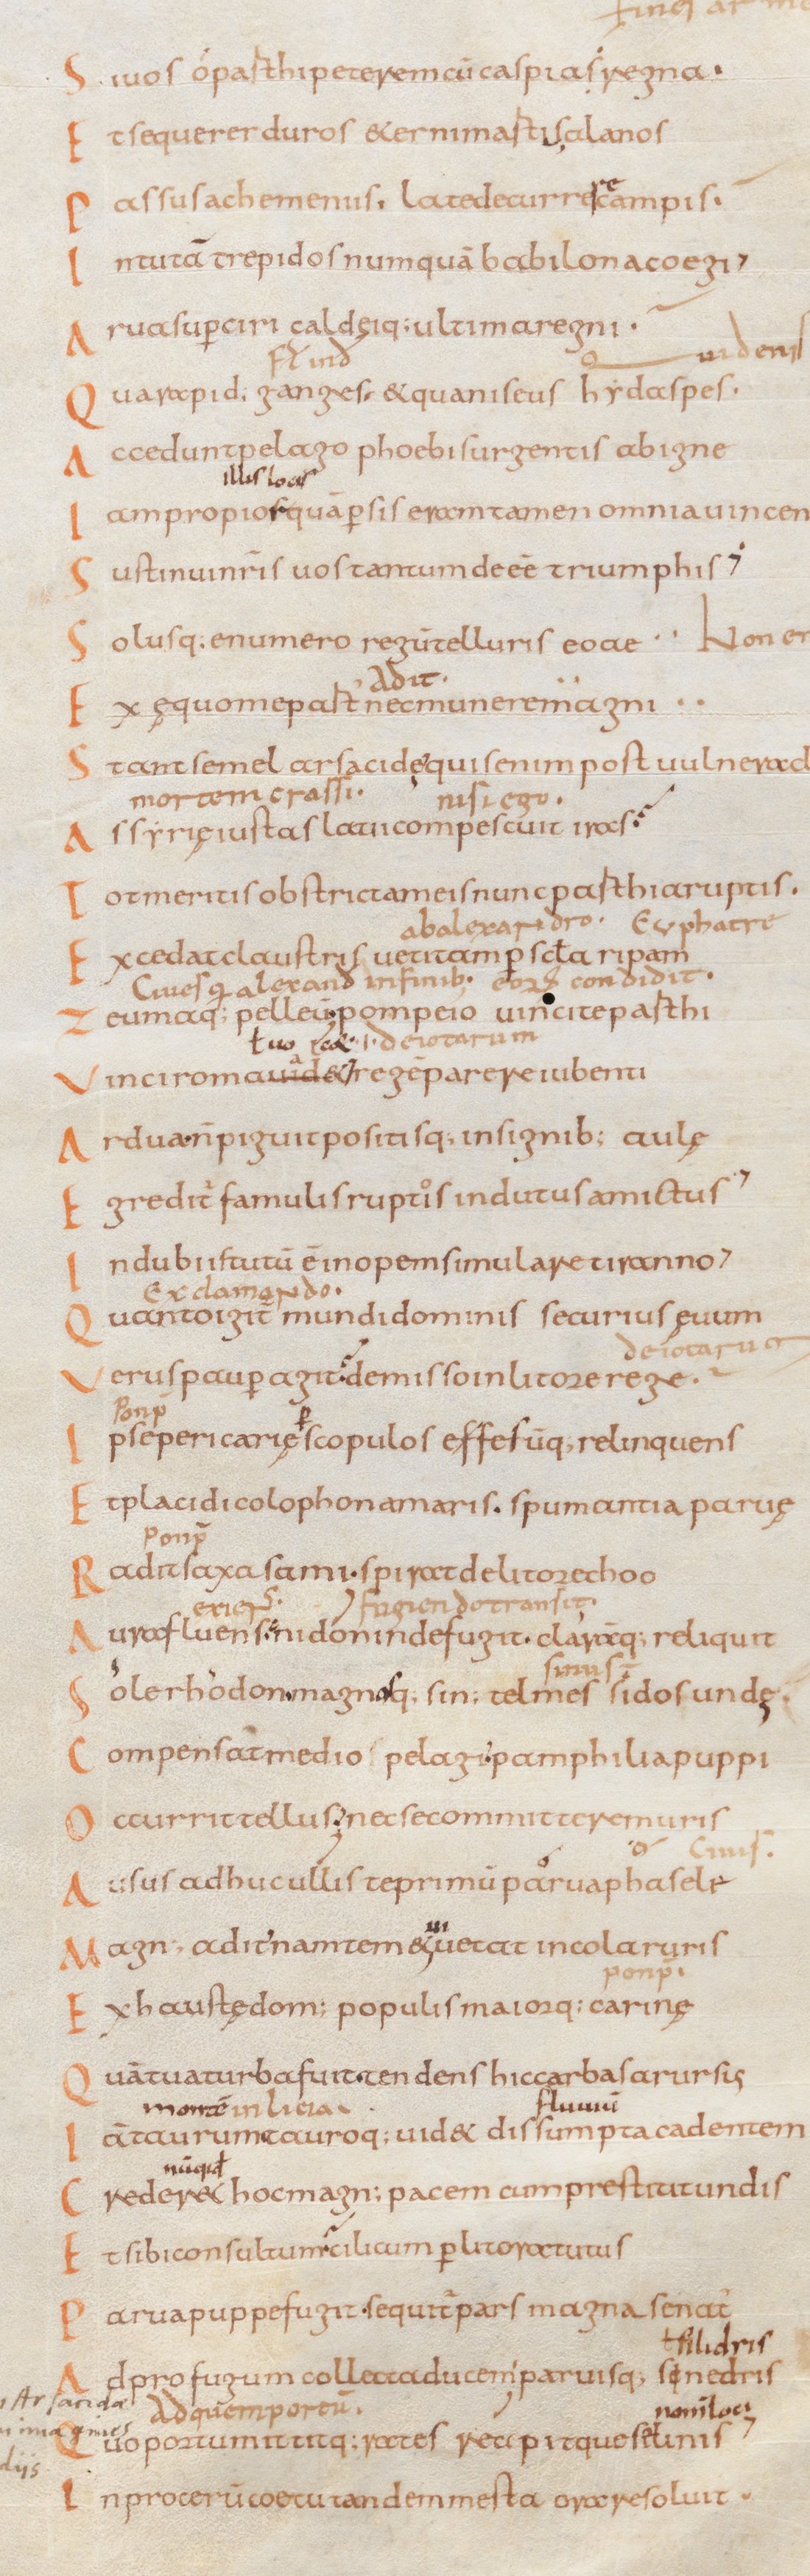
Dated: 834–1899